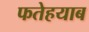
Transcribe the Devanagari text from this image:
फतेहयाब